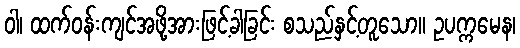
ဝါ၊ ထက်ဝန်းကျင်အဖို့အားဖြင့်ခါခြင်း စသည်နှင့်တူသော။ ဥပက္ကမေန၊